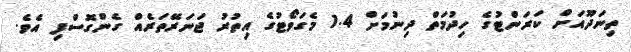
ތިނަދޫއަށް ކަރަންޓުގެ ހިދުމަތް ދިނުމަށް 1.4 މެގަވޯޓުގެ އިތުރު ޖަނަރޭތަރެއް ގެންގޮސްފި އެވެ.